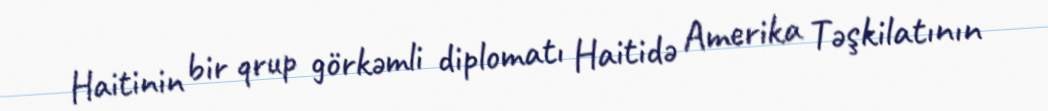
Haitinin bir qrup görkəmli diplomatı Haitidə Amerika Təşkilatının